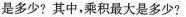
是多少?其中，乘积最大是多少?